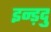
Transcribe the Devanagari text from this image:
इन्ड़दु